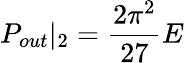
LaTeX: P_{out}|_{2}=\frac{2\pi^{2}}{27}E